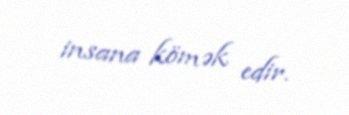
insana kömək edir.